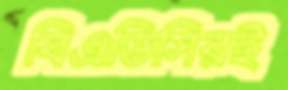
বিএডিসিরই